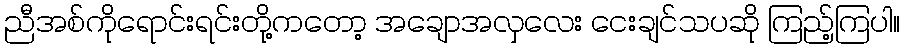
ညီအစ်ကိုရောင်းရင်းတို့ကတော့ အချောအလှလေး ငေးချင်သပဆို ကြည့်ကြပါ။